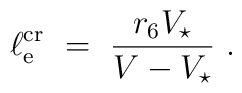
\ell_{\rm e}^{\rm cr} \ = \ \frac{r_6 V_\star}{V - V_\star}\ .